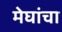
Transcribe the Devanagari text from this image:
मेघांचा